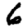
Digit: 6